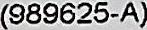
(989625-A)